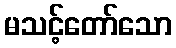
မသင့်တော်သော